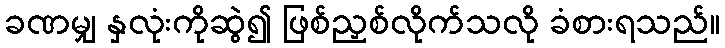
ခဏမျှ နှလုံးကိုဆွဲ၍ ဖြစ်ညှစ်လိုက်သလို ခံစားရသည်။